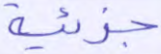
جزئية